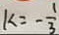
k = - \frac { 1 } { 3 }